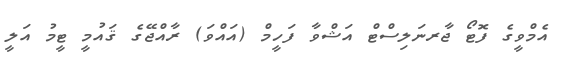
އެމްވީގެ ފޮޓޯ ޖާރނަލިސްޓް އަޝްވާ ފަހީމް (އައްވަ) ރާއްޖޭގެ ޤައުމީ ޓީމު އަލީ